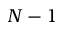
N - 1